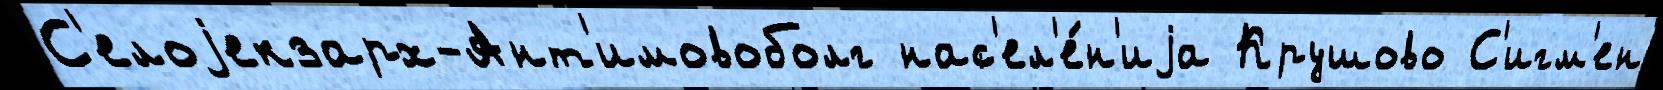
С'елоjекзарх-Ант'имовоболг нас'ел'е́н'иjа Крушово С'игм'ен